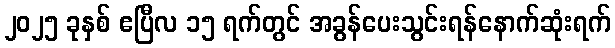
၂၀၂၅ ခုနှစ် ဧပြီလ ၁၅ ရက်တွင် အခွန်ပေးသွင်းရန်နောက်ဆုံးရက်